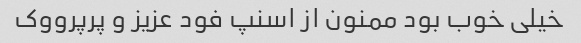
خیلی خوب بود ممنون از اسنپ فود عزیز و پرپرووک